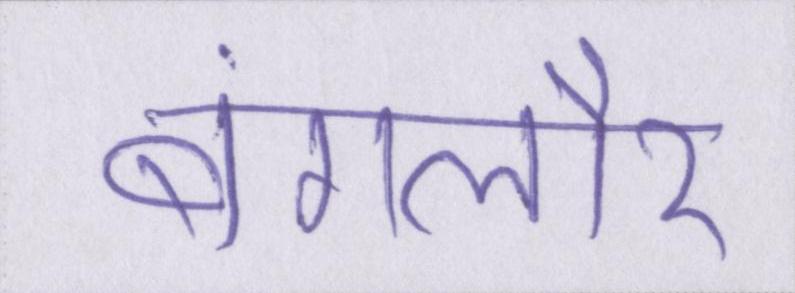
बंगलौर